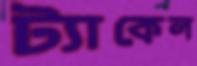
ট্যাকেল